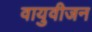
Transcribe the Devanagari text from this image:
वायुवीजन